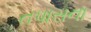
તપાસના